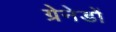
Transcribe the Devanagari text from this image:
ग्रेनेडों